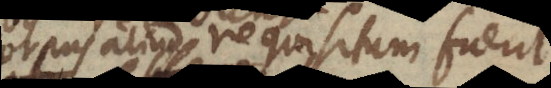
corpus aliud requisitum fuerit,